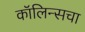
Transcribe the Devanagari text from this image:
कॉलिन्सचा